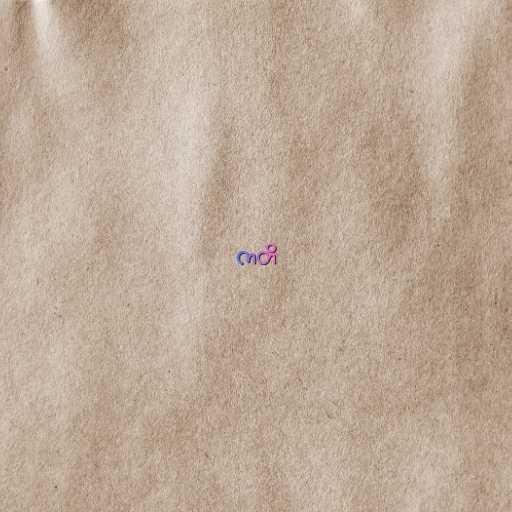
ကတိ